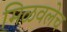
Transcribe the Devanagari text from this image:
मिळवलेच